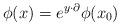
LaTeX: \begin{align*}\phi(x) =e^{y \cdot \partial}\phi(x_0)\end{align*}